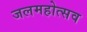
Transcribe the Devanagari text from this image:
जलमहोत्सव